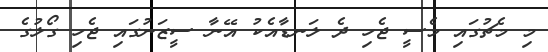
މި މެޗުގައި މެސީ ޖެހި ދެ ލަނޑާއެކު އޭނާ ސީޒަނުގައި ޖެހި ގޯލުގެ